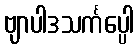
ဗျာပါဒသင်္ကပ္ပေါ